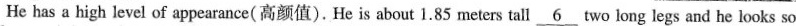
He has a high level of appearance( 高颜值). He is about 1.85 meters tall \underline{6} two long legs and he looks so